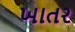
ખાતર